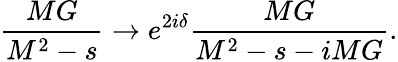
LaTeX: \frac{MG}{M^{2}-s}\rightarrow e^{2i\delta}\frac{MG}{M^{2}-s-iMG}.